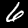
Label: 6